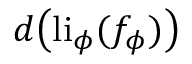
d \big ( \mathrm { l i } _ { \phi } ( f _ { \phi } ) \big )